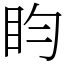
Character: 盷